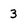
Character: 3